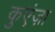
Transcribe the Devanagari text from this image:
कुएंज़ा